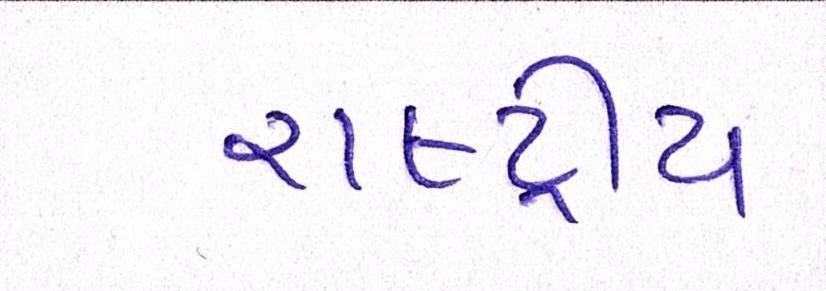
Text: રાષ્ટ્રીય